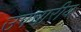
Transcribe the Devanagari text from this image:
उपचारीय